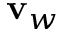
{ \bf v } _ { w }